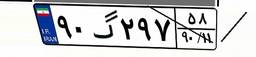
۷۷گ۵۷۵۹۸